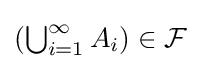
{\textstyle (\bigcup _{i=1}^{\infty }A_{i})\in {\mathcal {F}}}